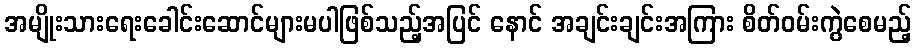
အမျိုးသားရေးခေါင်းဆောင်များမပါဖြစ်သည့်အပြင် နောင် အချင်းချင်းအကြား စိတ်ဝမ်းကွဲစေမည့်